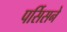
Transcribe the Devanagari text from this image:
पर्सिसने